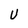
Character: U